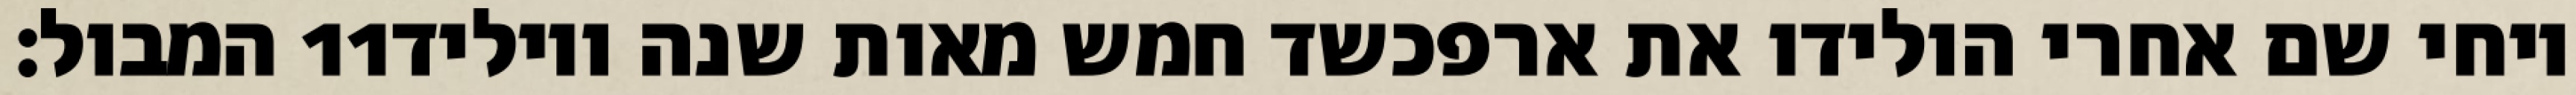
המבול׃ ‎11‏ ויחי שם אחרי הולידו את ארפכשד חמש מאות שנה ויוליד